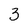
Character: 3